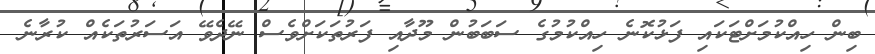
ބިން ހިއްކުމަށްޓަކައި ފަޅުކޮނެ ހިއްކުމުގެ ސަބަބުން މޫދާއި ފަރުތަކަށްވެސް ނޭދެވޭ އަސަރުތަކެއް ކުރާނެ